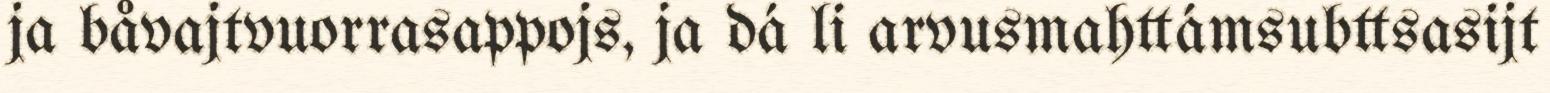
ja båvajtvuorrasappojs, ja dá li arvusmahttámsubttsasijt